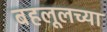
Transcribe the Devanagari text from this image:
बहलूलच्या